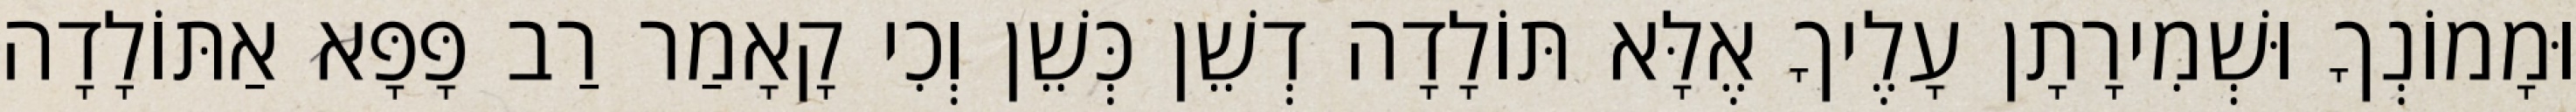
וּמָמוֹנְךָ וּשְׁמִירָתָן עָלֶיךָ אֶלָּא תּוֹלָדָה דְשֵׁן כְּשֵׁן וְכִי קָאָמַר רַב פָּפָּא אַתּוֹלָדָה